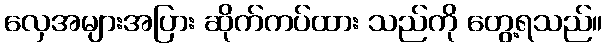
လှေအများအပြား ဆိုက်ကပ်ထား သည်ကို တွေ့ရသည်။